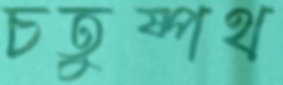
চতুষ্পথ